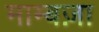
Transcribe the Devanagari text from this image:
माम्बज़ा